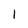
Character: 1